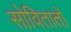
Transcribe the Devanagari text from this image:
सोवितातों